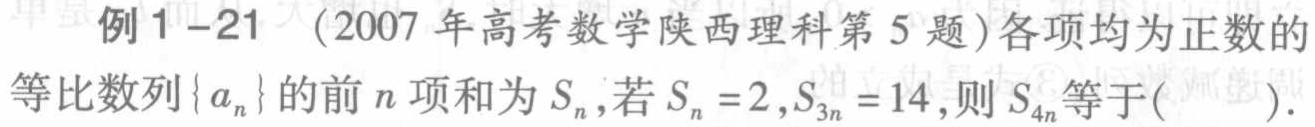
例1-21 (2007 年高考数学陕西理科第 5 题)各项均为正数的等比数列\(\{a_{n}\}\)的前\(n\)项和为\(S_{n}\),若\(S_{n}=2,S_{3n}=14\),则\(S_{4n}\)等于( ).